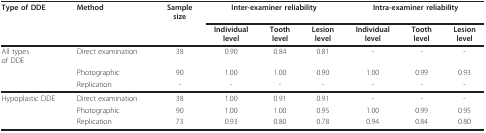
<table><thead><tr><td><b>Type of DDE</b></td><td><b>Method</b></td><td><b>Samplesize</b></td><td colspan="3"><b>Inter-examiner reliability </b></td><td colspan="3"><b>Intra-examiner reliability</b></td></tr><tr><td></td><td></td><td></td><td><b>Individuallevel</b></td><td><b>Toothlevel</b></td><td><b>Lesionlevel</b></td><td><b>Individuallevel</b></td><td><b>Toothlevel</b></td><td><b>Lesionlevel</b></td></tr></thead><tbody><tr><td>All typesof DDE</td><td>Direct examination</td><td>38</td><td>0.90</td><td>0.84</td><td>0.81</td><td>-</td><td>-</td><td>-</td></tr><tr><td></td><td>Photographic</td><td>90</td><td>1.00</td><td>1.00</td><td>0.90</td><td>1.00</td><td>0.99</td><td>0.93</td></tr><tr><td></td><td>Replication</td><td>-</td><td>-</td><td>-</td><td>-</td><td>-</td><td>-</td><td>-</td></tr><tr><td>Hypoplastic DDE</td><td>Direct examination</td><td>38</td><td>1.00</td><td>0.91</td><td>0.91</td><td>-</td><td>-</td><td>-</td></tr><tr><td></td><td>Photographic</td><td>90</td><td>1.00</td><td>1.00</td><td>0.95</td><td>1.00</td><td>0.99</td><td>0.95</td></tr><tr><td></td><td>Replication</td><td>73</td><td>0.93</td><td>0.80</td><td>0.78</td><td>0.94</td><td>0.84</td><td>0.80</td></tr></tbody></table>